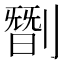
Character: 㔆